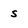
Character: s